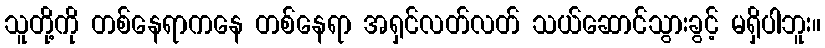
သူတို့ကို တစ်နေရာကနေ တစ်နေရာ အရှင်လတ်လတ် သယ်ဆောင်သွားခွင့် မရှိပါဘူး။